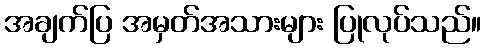
အချက်ပြ အမှတ်အသားများ ပြုလုပ်သည်။